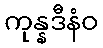
ကုန္နဒီနံဝ